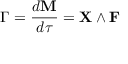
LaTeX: { \boldsymbol { \Gamma } } = { \frac { d \mathbf { M } } { d \tau } } = \mathbf { X } \wedge \mathbf { F }